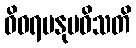
ဝိဝရမနုပဝိသတိ